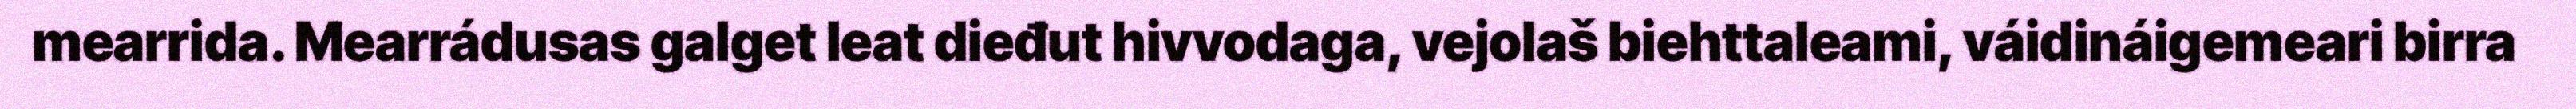
mearrida. Mearrádusas galget leat dieđut hivvodaga, vejolaš biehttaleami, váidináigemeari birra